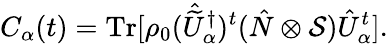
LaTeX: C_{\alpha}(t)=\mathrm{Tr}[\rho_{0}(\hat{\widetilde{U}}_{\alpha}^{\dagger})^{t}(\hat{N}\otimes{\cal S})\hat{U}_{\alpha}^{t}].